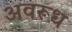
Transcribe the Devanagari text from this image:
अवरूध